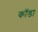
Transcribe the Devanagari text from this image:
कॉडा